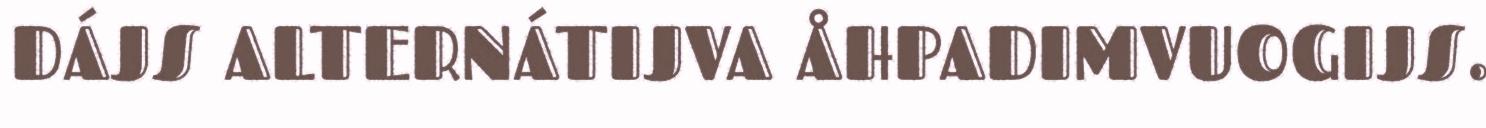
DÁJS ALTERNÁTIJVA ÅHPADIMVUOGIJS.